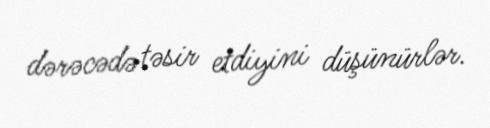
dərəcədə təsir etdiyini düşünürlər.